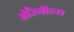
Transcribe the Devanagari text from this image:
ऑरेगॉन्स